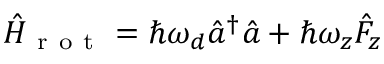
\hat { H } _ { \mathrm { ~ r ~ o ~ t ~ } } = \hbar \omega _ { d } \hat { a } ^ { \dagger } \hat { a } + \hbar \omega _ { z } \hat { F } _ { z }